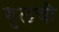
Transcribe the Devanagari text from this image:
गुलची